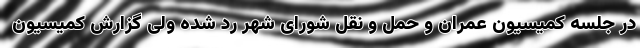
در جلسه کمیسیون عمران و حمل و نقل شورای شهر رد شده ولی گزارش کمیسیون